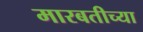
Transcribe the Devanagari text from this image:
मारबतीच्या